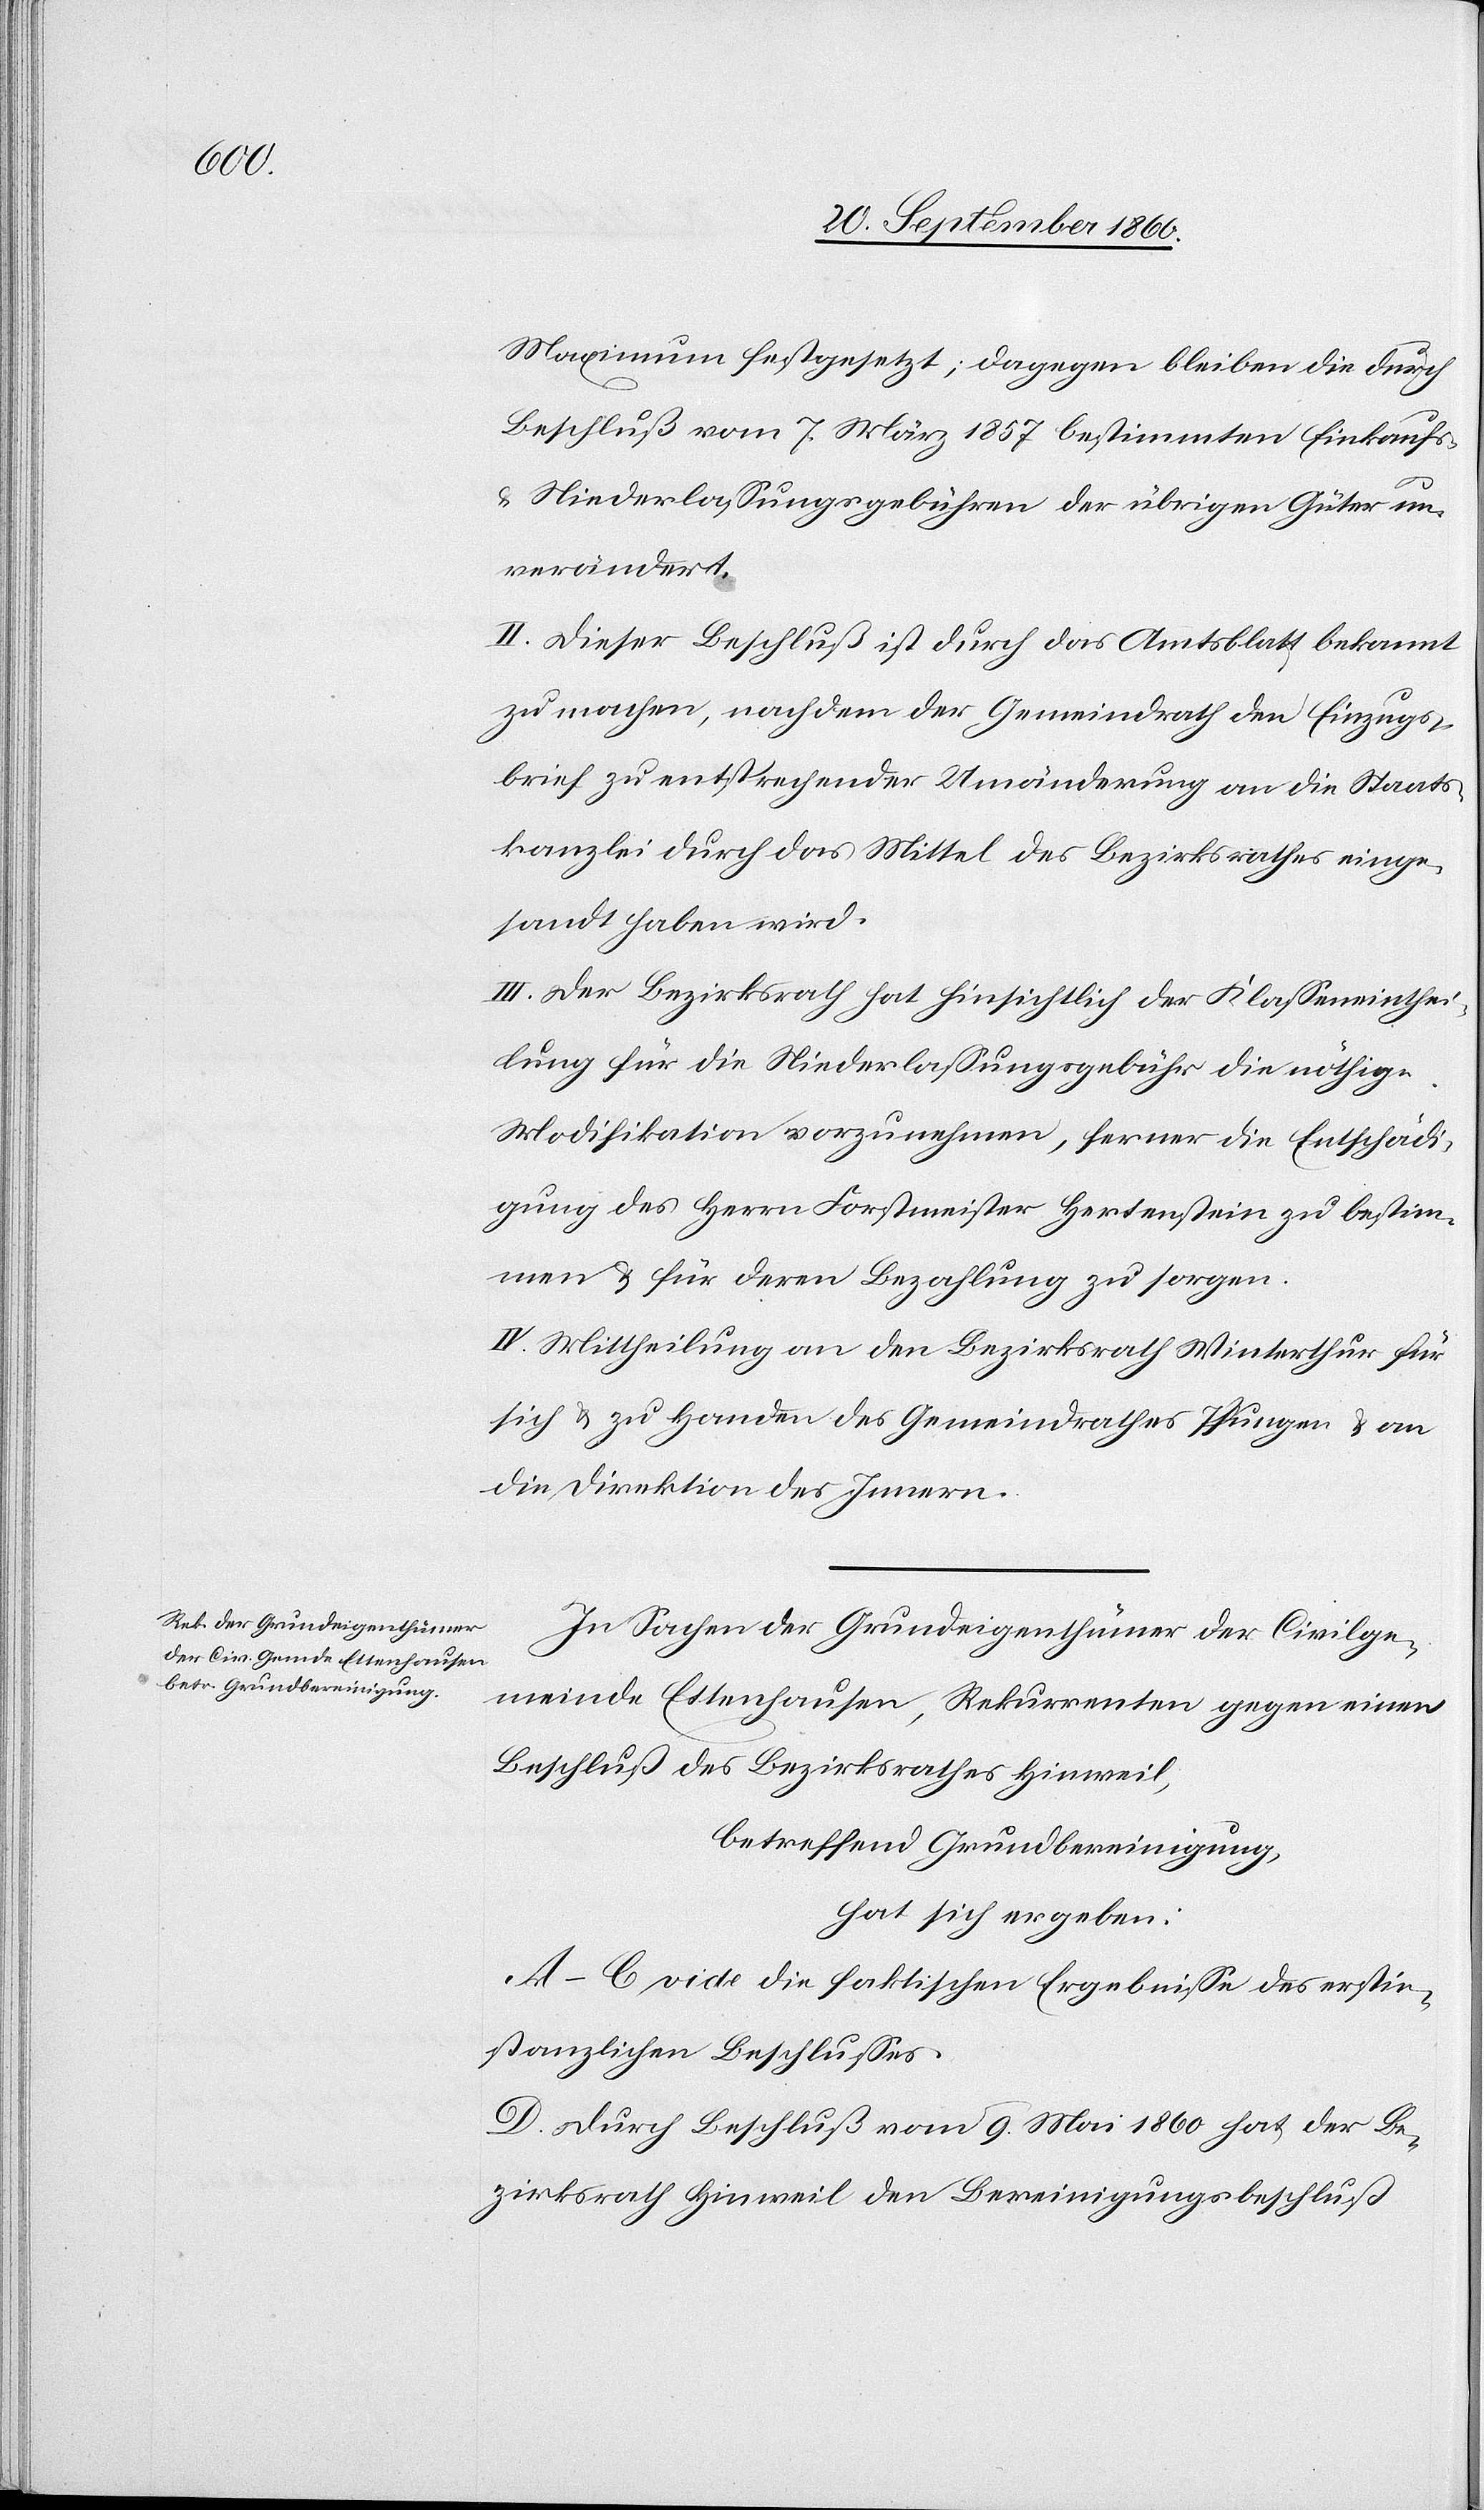
Maximum festgesetzt; dagegen bleiben die durch
Beschluß vom 7. März 1857 bestimmten Einkaufs-
& Niederlassungsgebühren der übrigen Güter un¬
verändert.
II. Dieser Beschluß ist durch das Amtsblatt bekannt
zu machen, nachdem der Gemeindrath den Einzugs¬
brief zu entsprechender Umänderung an die Staats¬
kanzlei durch das Mittel des Bezirksrathe einge¬
sandt haben wird.
III. Der Bezirksrath hat hinsichtlich der Klasseneinthei¬
lung für die Niederlassungsgebühr die nöthige
Modifikation vorzunehmen, ferner die Entschädi¬
gung des Herrn Forstmeister Hertenstein zu bestim¬
men & für deren Bezahlung zu sorgen.
IV. Mittheilung an den Bezirksrath Winterthur für
sich & zu Handen des Gemeindrathes Pfungen & an
die Direktion des Innern.
In Sachen der Grundeigenthümer der Civilge¬
meinde Ettenhausen, Rekurrenten gegen einen
Beschluß des Bezirksrathes Hinweil,
betreffend Grundbereinigung,
hat sich ergeben:
A–C vide die faktischen Ergebnisse des erstin¬
stanzlichen Beschlusses.
D. Durch Beschluß vom 9. Mai 1860 hat der Be¬
zirksrath Hinweil den Bereinigungsbeschluß